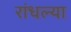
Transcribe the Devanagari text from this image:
रांधल्या